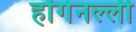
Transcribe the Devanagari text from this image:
होंगेनल्ली